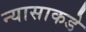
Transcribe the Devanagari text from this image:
न्यासाकडे